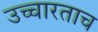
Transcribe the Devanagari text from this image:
उच्चारताच